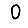
Digit: 0